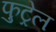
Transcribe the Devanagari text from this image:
फुट्रेल